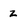
Character: z